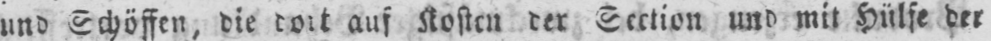
und Schöffen, die dort auf Kosten der Section und mit Hülfe der